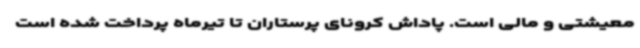
معیشتی و مالی است. پاداش کرونای پرستاران تا تیرماه پرداخت شده است